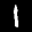
Label: 1